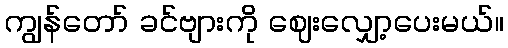
ကျွန်တော် ခင်ဗျားကို ဈေးလျှော့ပေးမယ်။